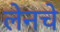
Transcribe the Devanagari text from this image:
लेनचे